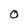
Character: 0